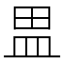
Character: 𰤷